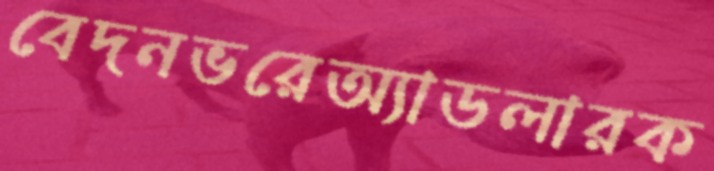
বেদনভরেঅ্যাডলারক